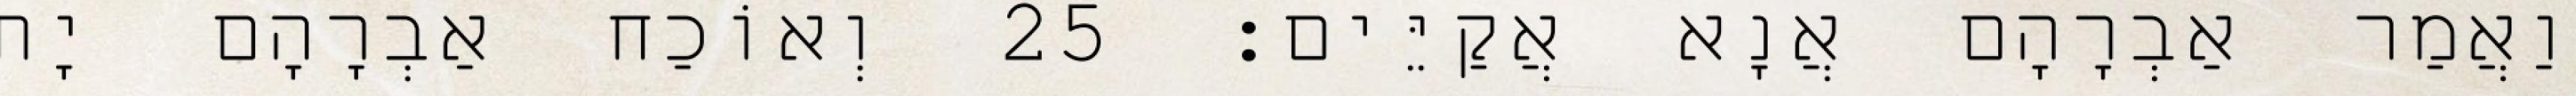
וַאֲמַר אַבְרָהָם אֲנָא אֲקַיֵּים׃ 25 וְאוֹכַח אַבְרָהָם יָת